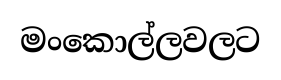
මංකොල්ලවලට